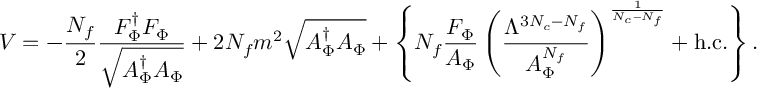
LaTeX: V = - { \frac { N _ { f } } { 2 } } { \frac { F _ { \Phi } ^ { \dag } F _ { \Phi } } { \sqrt { A _ { \Phi } ^ { \dag } A _ { \Phi } } } } + 2 N _ { f } m ^ { 2 } \sqrt { A _ { \Phi } ^ { \dag } A _ { \Phi } } + \left\{ N _ { f } { \frac { F _ { \Phi } } { A _ { \Phi } } } \left( { \frac { \Lambda ^ { 3 N _ { c } - N _ { f } } } { A _ { \Phi } ^ { N _ { f } } } } \right) ^ { \frac { 1 } { N _ { c } - N _ { f } } } + \mathrm { h . c . } \right\} .